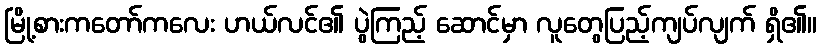
မြို့စားကတော်ကလေး ဟယ်လင်၏ ပွဲကြည့် ဆောင်မှာ လူတွေပြည့်ကျပ်လျက် ရှိ၏။